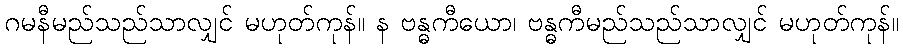
ဂမနီမည်သည်သာလျှင် မဟုတ်ကုန်။ န ဗန္ဓကီယော၊ ဗန္ဓကီမည်သည်သာလျှင် မဟုတ်ကုန်။